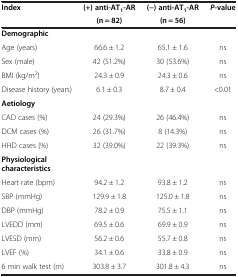
<table><thead><tr><td rowspan="2"><b>Index</b></td><td><b>(+) anti-AT<sub>1</sub>-AR</b></td><td><b>(−) anti-AT<sub>1</sub>-AR</b></td><td rowspan="2"><b><i>P</i>-value</b></td></tr><tr><td><b>(n = 82)</b></td><td><b>(n = 56)</b></td></tr></thead><tbody><tr><td><b>Demographic</b></td><td> </td><td> </td><td> </td></tr><tr><td>Age (years)</td><td>66.6 ± 1.2</td><td>65.1 ± 1.6</td><td>ns</td></tr><tr><td>Sex (male)</td><td>42 (51.2%)</td><td>30 (53.6%)</td><td>ns</td></tr><tr><td>BMI (kg/m<sup>2</sup>)</td><td>24.3 ± 0.9</td><td>24.3 ± 0.6</td><td>ns</td></tr><tr><td>Disease history (years)</td><td>6.1 ± 0.3</td><td>8.7 ± 0.4</td><td>&lt;0.01</td></tr><tr><td><b>Aetiology</b></td><td> </td><td> </td><td> </td></tr><tr><td>CAD cases (%)</td><td>24 (29.3%)</td><td>26 (46.4%)</td><td>ns</td></tr><tr><td>DCM cases (%)</td><td>26 (31.7%)</td><td>8 (14.3%)</td><td>ns</td></tr><tr><td>HHD cases (%)</td><td>32 (39.0%)</td><td>22 (39.3%)</td><td>ns</td></tr><tr><td><b>Physiological characteristics</b></td><td> </td><td> </td><td> </td></tr><tr><td>Heart rate (bpm)</td><td>94.2 ± 1.2</td><td>93.8 ± 1.2</td><td>ns</td></tr><tr><td>SBP (mmHg)</td><td>129.9 ± 1.8</td><td>125.0 ± 1.8</td><td>ns</td></tr><tr><td>DBP (mmHg)</td><td>78.2 ± 0.9</td><td>75.5 ± 1.1</td><td>ns</td></tr><tr><td>LVEDD (mm)</td><td>69.5 ± 0.6</td><td>69.9 ± 0.9</td><td>ns</td></tr><tr><td>LVESD (mm)</td><td>56.2 ± 0.6</td><td>55.7 ± 0.8</td><td>ns</td></tr><tr><td>LVEF (%)</td><td>34.1 ± 0.6</td><td>33.8 ± 0.9</td><td>ns</td></tr><tr><td>6 min walk test (m)</td><td>303.8 ± 3.7</td><td>301.8 ± 4.3</td><td>ns</td></tr></tbody></table>